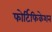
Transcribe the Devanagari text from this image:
फोर्टिफिकेशन